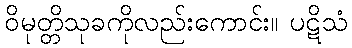
ဝိမုတ္တိသုခကိုလည်းကောင်း။ ပဋိသံ